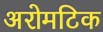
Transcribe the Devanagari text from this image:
अरोमटिक